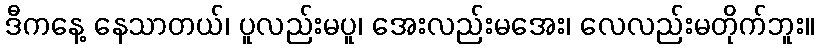
ဒီကနေ့ နေသာတယ်၊ ပူလည်းမပူ၊ အေးလည်းမအေး၊ လေလည်းမတိုက်ဘူး။